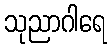
သုညာဂါရေ